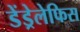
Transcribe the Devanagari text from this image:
डेंड्रेलेफिस